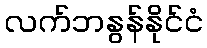
လက်ဘနွန်နိုင်ငံ